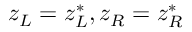
z _ { L } = z _ { L } ^ { * } , z _ { R } = z _ { R } ^ { * }